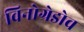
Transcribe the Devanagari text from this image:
विनोग्रेडोव